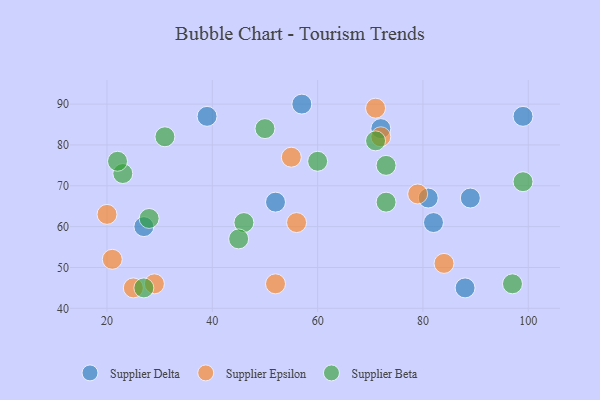
{"axis": {"x": "GDP", "y": "Life Expectancy"}, "legend": ["Supplier Beta", "Supplier Delta", "Supplier Epsilon"], "data": [{"x": "81", "y": 67, "type": "Supplier Delta"}, {"x": "82", "y": 61, "type": "Supplier Delta"}, {"x": "88", "y": 45, "type": "Supplier Delta"}, {"x": "57", "y": 90, "type": "Supplier Delta"}, {"x": "27", "y": 60, "type": "Supplier Delta"}, {"x": "72", "y": 84, "type": "Supplier Delta"}, {"x": "89", "y": 67, "type": "Supplier Delta"}, {"x": "39", "y": 87, "type": "Supplier Delta"}, {"x": "52", "y": 66, "type": "Supplier Delta"}, {"x": "99", "y": 87, "type": "Supplier Delta"}, {"x": "72", "y": 82, "type": "Supplier Epsilon"}, {"x": "29", "y": 46, "type": "Supplier Epsilon"}, {"x": "79", "y": 68, "type": "Supplier Epsilon"}, {"x": "52", "y": 46, "type": "Supplier Epsilon"}, {"x": "84", "y": 51, "type": "Supplier Epsilon"}, {"x": "56", "y": 61, "type": "Supplier Epsilon"}, {"x": "71", "y": 89, "type": "Supplier Epsilon"}, {"x": "20", "y": 63, "type": "Supplier Epsilon"}, {"x": "21", "y": 52, "type": "Supplier Epsilon"}, {"x": "55", "y": 77, "type": "Supplier Epsilon"}, {"x": "25", "y": 45, "type": "Supplier Epsilon"}, {"x": "27", "y": 45, "type": "Supplier Beta"}, {"x": "71", "y": 81, "type": "Supplier Beta"}, {"x": "31", "y": 82, "type": "Supplier Beta"}, {"x": "60", "y": 76, "type": "Supplier Beta"}, {"x": "99", "y": 71, "type": "Supplier Beta"}, {"x": "23", "y": 73, "type": "Supplier Beta"}, {"x": "50", "y": 84, "type": "Supplier Beta"}, {"x": "97", "y": 46, "type": "Supplier Beta"}, {"x": "22", "y": 76, "type": "Supplier Beta"}, {"x": "46", "y": 61, "type": "Supplier Beta"}, {"x": "28", "y": 62, "type": "Supplier Beta"}, {"x": "45", "y": 57, "type": "Supplier Beta"}, {"x": "73", "y": 66, "type": "Supplier Beta"}, {"x": "73", "y": 75, "type": "Supplier Beta"}]}